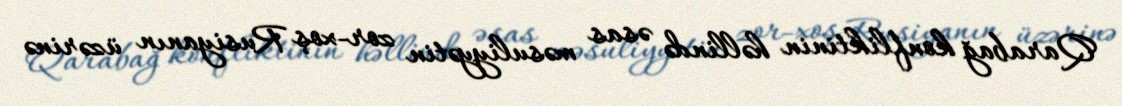
Qarabağ konfliktinin həllində əsas məsuliyyətin zor-xoş Rusiyanın üzərinə